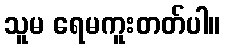
သူမ ရေမကူးတတ်ပါ။